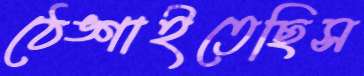
ঠেঙ্গাইতেছিস